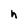
Character: h